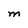
Character: M